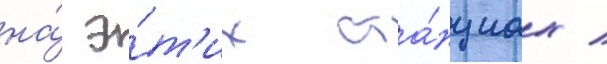
на́ э́т'их ста́нциах /